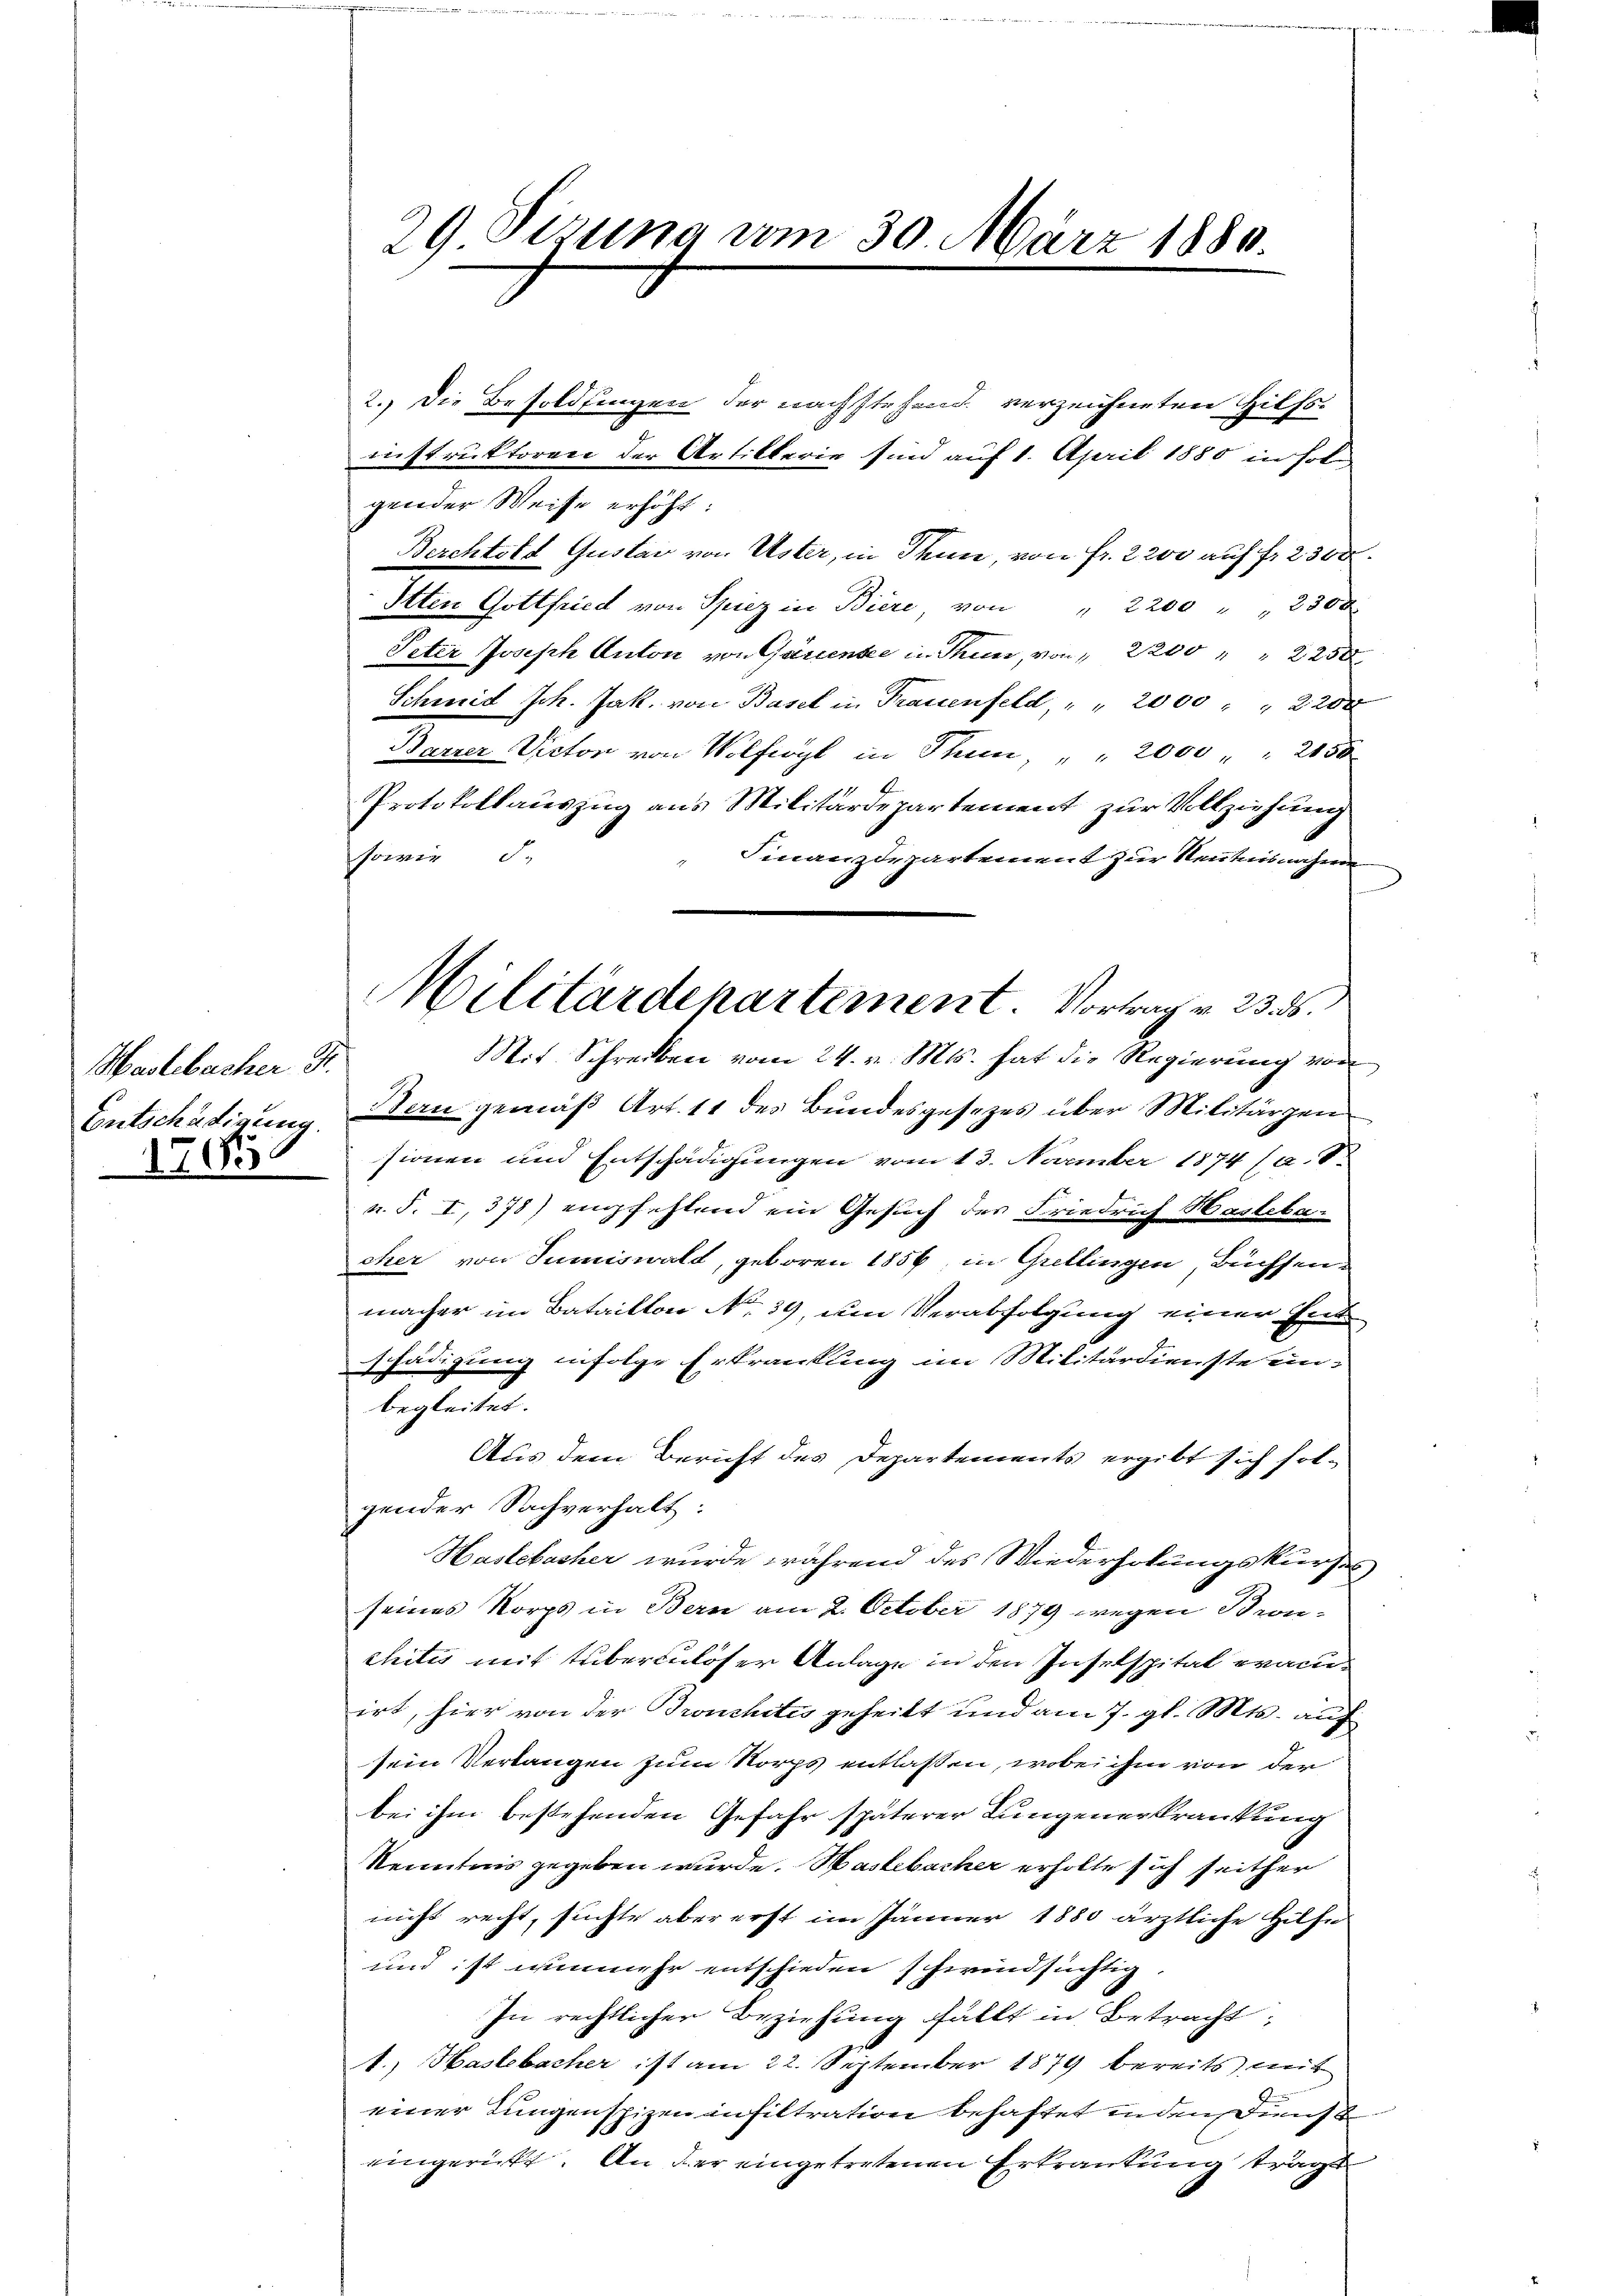
Maslebacher St.
Entschädigung.
765

29 Sizung vom 30. März 1880.

2.) Die Besoldungen der nachstehend verzeichneten Hilfsinstruktoren der Artikterie sind auf 1. April 1880 in hol
gender Weise erhöht:
Berchtold Gustav von Uster, in Thun, von Fr. 2200 auf fr. 2300
Itten Gottfried von Spiez in Biere, von " 2200 " " 2300
Peter Joseph Anton von Gauensee in Thun, von 2200 " " 2250
Schmid Joh. Jak. von Basel in Frauenfeld, " " 2000 " " 2200
Barrer Victor von Wolfogl in Stein, " " 2000 " " 2150
Protokollauszug aus Militärdepartement zur Vollziehung
ower
de.
Finanzdepartement zur Kenntnisnahme
s
Mit Schreiben vom 24. v. Mts. hat die Regierung von
Bern gemäß Art. 11 des Bundesgesetzes über Militärzen
sionen und Entschädigungen vom 13. November 1874 (a. 8.
n. S. I, 378) empfehlend ein Gesuch der Friedrich Haslebacher von Sumiswald, geboren 1856, in Grellingen, Büchsenmacher im Bataillon No. 39, dem Verabfolgung einer Entschädigung infolge Erkrankung im Militärdienste ein-
begleitet.
Aus dem Bericht des Departements ergibt sich solgender Sachverhalt:
Haslebacher wurde während des Wiederholungskurses,
.
seines Norps in Bern am 2. October 1879 wegen Bron-
chitis mit Tuberkuloser Anlage in den Inselspital erache
irt, hier von der Bronchites geheilt und am 7. gl. Mts. auf
sein Verlangen zum Korps entlassen, wobei ihm von der
bei ihm bestehenden Gefahr späterer Lungenerkrankung
Kenntnis gegeben wurde. Wastebacher erholte sich seithen
nicht recht, suchte aber erst im Jänner 1880 ärztliche Hilfe
und ist nunmehr entschieden schwindsüchtig.
In rechtlicher Beziehung fällt in Betracht;
1., Haslebacher ist am 22. September 1879 bereits mit
einer Lungenspizen infiltration behaftet in den Dienst
eingericht. An der eingetretenen Ertrautung trägt

Militärdepartement. Vortrag v. 23. ds.